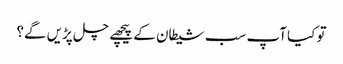
تو کیا آپ سب شیطان کے پیچھے چل پڑیں گے؟